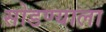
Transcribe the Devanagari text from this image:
सोडण्याला